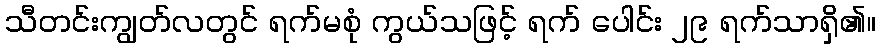
သီတင်းကျွတ်လတွင် ရက်မစုံ ကွယ်သဖြင့် ရက် ပေါင်း ၂၉ ရက်သာရှိ၏။